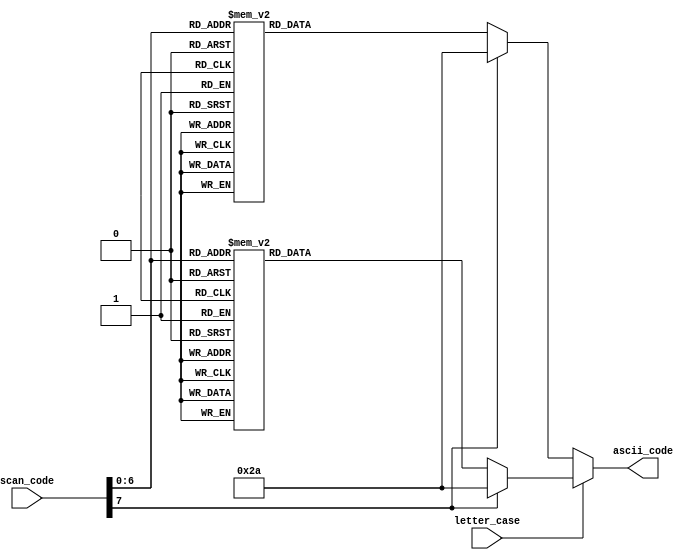
module key2ascii
	(
		input wire letter_case,
		input wire [7:0] scan_code,
		output reg [7:0] ascii_code
	);
	
always @*
	begin
	if(letter_case == 1'b1)  // uppercase 
		begin
		case(scan_code)
			8'h45: ascii_code = 8'h29;   // )
			8'h16: ascii_code = 8'h21;   // !
			8'h1e: ascii_code = 8'h40;   // @
			8'h26: ascii_code = 8'h23;   // #
			8'h25: ascii_code = 8'h24;   // $
			8'h2e: ascii_code = 8'h25;   // %
			8'h36: ascii_code = 8'h5E;   // ^
			8'h3d: ascii_code = 8'h26;   // &
			8'h3e: ascii_code = 8'h2A;   // *
			8'h46: ascii_code = 8'h28;   // (
			8'h1c: ascii_code = 8'h41;   // A
			8'h32: ascii_code = 8'h42;   // B
			8'h21: ascii_code = 8'h43;   // C
			8'h23: ascii_code = 8'h44;   // D
			8'h24: ascii_code = 8'h45;   // E
			8'h2b: ascii_code = 8'h46;   // F
			8'h34: ascii_code = 8'h47;   // G
			8'h33: ascii_code = 8'h48;   // H
			8'h43: ascii_code = 8'h49;   // I
			8'h3b: ascii_code = 8'h4A;   // J
			8'h42: ascii_code = 8'h4B;   // K
			8'h4b: ascii_code = 8'h4C;   // L
			8'h3a: ascii_code = 8'h4D;   // M
			8'h31: ascii_code = 8'h4E;   // N
			8'h44: ascii_code = 8'h4F;   // O
			8'h4d: ascii_code = 8'h50;   // P
			8'h15: ascii_code = 8'h51;   // Q
			8'h2d: ascii_code = 8'h52;   // R
			8'h1b: ascii_code = 8'h53;   // S
			8'h2c: ascii_code = 8'h54;   // T
			8'h3c: ascii_code = 8'h55;   // U
			8'h2a: ascii_code = 8'h56;   // V
			8'h1d: ascii_code = 8'h57;   // W
			8'h22: ascii_code = 8'h58;   // X
			8'h35: ascii_code = 8'h59;   // Y
			8'h1a: ascii_code = 8'h5A;   // Z
			8'h0e: ascii_code = 8'h7E;   // ~
			8'h4e: ascii_code = 8'h5F;   // _
			8'h55: ascii_code = 8'h2B;   // +
			8'h54: ascii_code = 8'h7B;   // {
			8'h5b: ascii_code = 8'h7D;   // }
			8'h5d: ascii_code = 8'h7C;   // |
			8'h4c: ascii_code = 8'h3A;   // :
			8'h52: ascii_code = 8'h22;   // "
			8'h41: ascii_code = 8'h3C;   // <
			8'h49: ascii_code = 8'h3E;   // >
			8'h4a: ascii_code = 8'h3F;   // ?
			8'h29: ascii_code = 8'h20;   // space
			8'h5a: ascii_code = 8'h0D;   // enter
			8'h66: ascii_code = 8'h08;   // backspace
			8'h0D: ascii_code = 8'h09;   // horizontal tab	
			
			default: ascii_code = 8'h2A; // *
		endcase
		end
	else   // lowercase
		begin
		case(scan_code)
			8'h45: ascii_code = 8'h30;   // 0
			8'h16: ascii_code = 8'h31;   // 1
			8'h1e: ascii_code = 8'h32;   // 2
			8'h26: ascii_code = 8'h33;   // 3
			8'h25: ascii_code = 8'h34;   // 4
			8'h2e: ascii_code = 8'h35;   // 5
			8'h36: ascii_code = 8'h36;   // 6
			8'h3d: ascii_code = 8'h37;   // 7
			8'h3e: ascii_code = 8'h38;   // 8
			8'h46: ascii_code = 8'h39;   // 9
			8'h1c: ascii_code = 8'h61;   // a
			8'h32: ascii_code = 8'h62;   // b
			8'h21: ascii_code = 8'h63;   // c
			8'h23: ascii_code = 8'h64;   // d
			8'h24: ascii_code = 8'h65;   // e
			8'h2b: ascii_code = 8'h66;   // f
			8'h34: ascii_code = 8'h67;   // g
			8'h33: ascii_code = 8'h68;   // h
			8'h43: ascii_code = 8'h69;   // i
			8'h3b: ascii_code = 8'h6A;   // j
			8'h42: ascii_code = 8'h6B;   // k
			8'h4b: ascii_code = 8'h6C;   // l
			8'h3a: ascii_code = 8'h6D;   // m
			8'h31: ascii_code = 8'h6E;   // n
			8'h44: ascii_code = 8'h6F;   // o
			8'h4d: ascii_code = 8'h70;   // p
			8'h15: ascii_code = 8'h71;   // q
			8'h2d: ascii_code = 8'h72;   // r
			8'h1b: ascii_code = 8'h73;   // s
			8'h2c: ascii_code = 8'h74;   // t
			8'h3c: ascii_code = 8'h75;   // u
			8'h2a: ascii_code = 8'h76;   // v
			8'h1d: ascii_code = 8'h77;   // w
			8'h22: ascii_code = 8'h78;   // x
			8'h35: ascii_code = 8'h79;   // y
			8'h1a: ascii_code = 8'h7A;   // z
			8'h0e: ascii_code = 8'h60;   // `
			8'h4e: ascii_code = 8'h2D;   // -
			8'h55: ascii_code = 8'h3D;   // =
			8'h54: ascii_code = 8'h5B;   // [
			8'h5b: ascii_code = 8'h5D;   // ]
			8'h5d: ascii_code = 8'h5C;   // \
			8'h4c: ascii_code = 8'h3B;   // ;
			8'h52: ascii_code = 8'h27;   // '
			8'h41: ascii_code = 8'h2C;   // ,
			8'h49: ascii_code = 8'h2E;   // .
			8'h4a: ascii_code = 8'h2F;   // /
			8'h29: ascii_code = 8'h20;   // space
			8'h5a: ascii_code = 8'h0D;   // enter
			8'h66: ascii_code = 8'h08;   // backspace
			8'h0D: ascii_code = 8'h09;   // horizontal tab	
			
			default: ascii_code = 8'h2A; // *
		endcase
		end
	end
endmodule